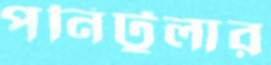
পনিটুলার